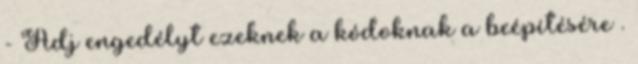
- Adj engedélyt ezeknek a kódoknak a beépítésére .